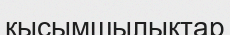
қысымшылықтар